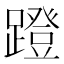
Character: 蹬